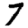
Digit: 7